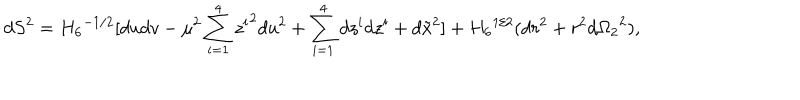
d S ^ { 2 } = { H _ { 6 } } ^ { - 1 / 2 } [ d u d v - \mu ^ { 2 } \sum _ { i = 1 } ^ { 4 } { z ^ { i } } ^ { 2 } d u ^ { 2 } + \sum _ { i = 1 } ^ { 4 } d z ^ { i } d z ^ { i } + d \tilde { x } ^ { 2 } ] + { H _ { 6 } } ^ { 1 / 2 } ( d r ^ { 2 } + r ^ { 2 } d { \Omega _ { 2 } } ^ { 2 } ) ,